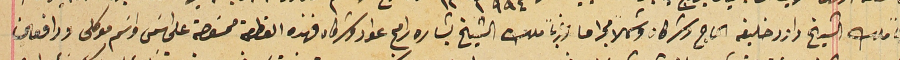
ملك الشيخ داود خليفه الحاج وشركاه وشمالاً مجرا ما وغرباً ملك الشيخ بشاره رامح عواد وشركاه فهذه القطعة ممسَوحة لى اسَمى واسَم موكلى ورافعين